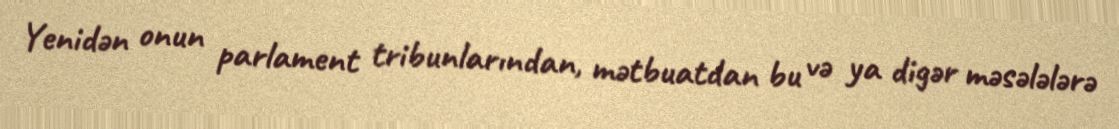
Yenidən onun parlament tribunlarından, mətbuatdan bu və ya digər məsələlərə